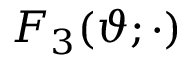
F _ { 3 } ( \vartheta ; \cdot )